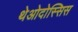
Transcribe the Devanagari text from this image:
थेओदोस्सिस